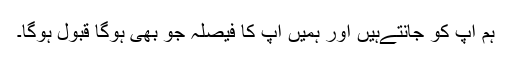
ہم آپ کو جانتےہیں اور ہمیں آپ کا فیصلہ جو بھی ہوگا قبول ہوگا۔